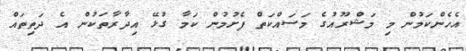
އެހެންކަމުން މި މަޝްރޫއުގެ މަސައްކަތް ފެށުމުން ކަމާ ގުޅޭ އިދާރާތަކުން އެ ދަތިތައް